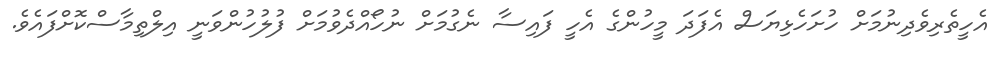
އެހީތެރިވެދިނުމަށް ހުށަހެޅިޔަސް އެފަދަ މީހުންގެ އެހީ ފައިސާ ނެގުމަށް ނުހޯއްދެވުމަށް ފުލުހުންވަނީ އިލްތިމާސްކޮށްފައެވެ.